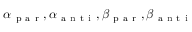
\alpha _ { \mathrm { ~ p ~ a ~ r ~ } } , \alpha _ { \mathrm { ~ a ~ n ~ t ~ i ~ } } , \beta _ { \mathrm { ~ p ~ a ~ r ~ } } , \beta _ { \mathrm { ~ a ~ n ~ t ~ i ~ } }